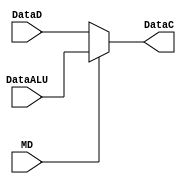
module muxMD(MD, DataALU, DataD, DataC);

  input  MD;
  input [7:0] DataALU;
  input [7:0] DataD;
  
  output [7:0] DataC;

  assign DataC = (MD == 1'b0) ? DataD : DataALU ;

endmodule